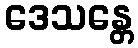
ဒေသန္တေ